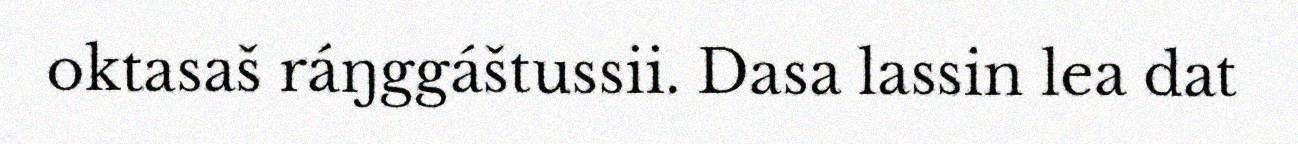
oktasaš ráŋggáštussii. Dasa lassin lea dat